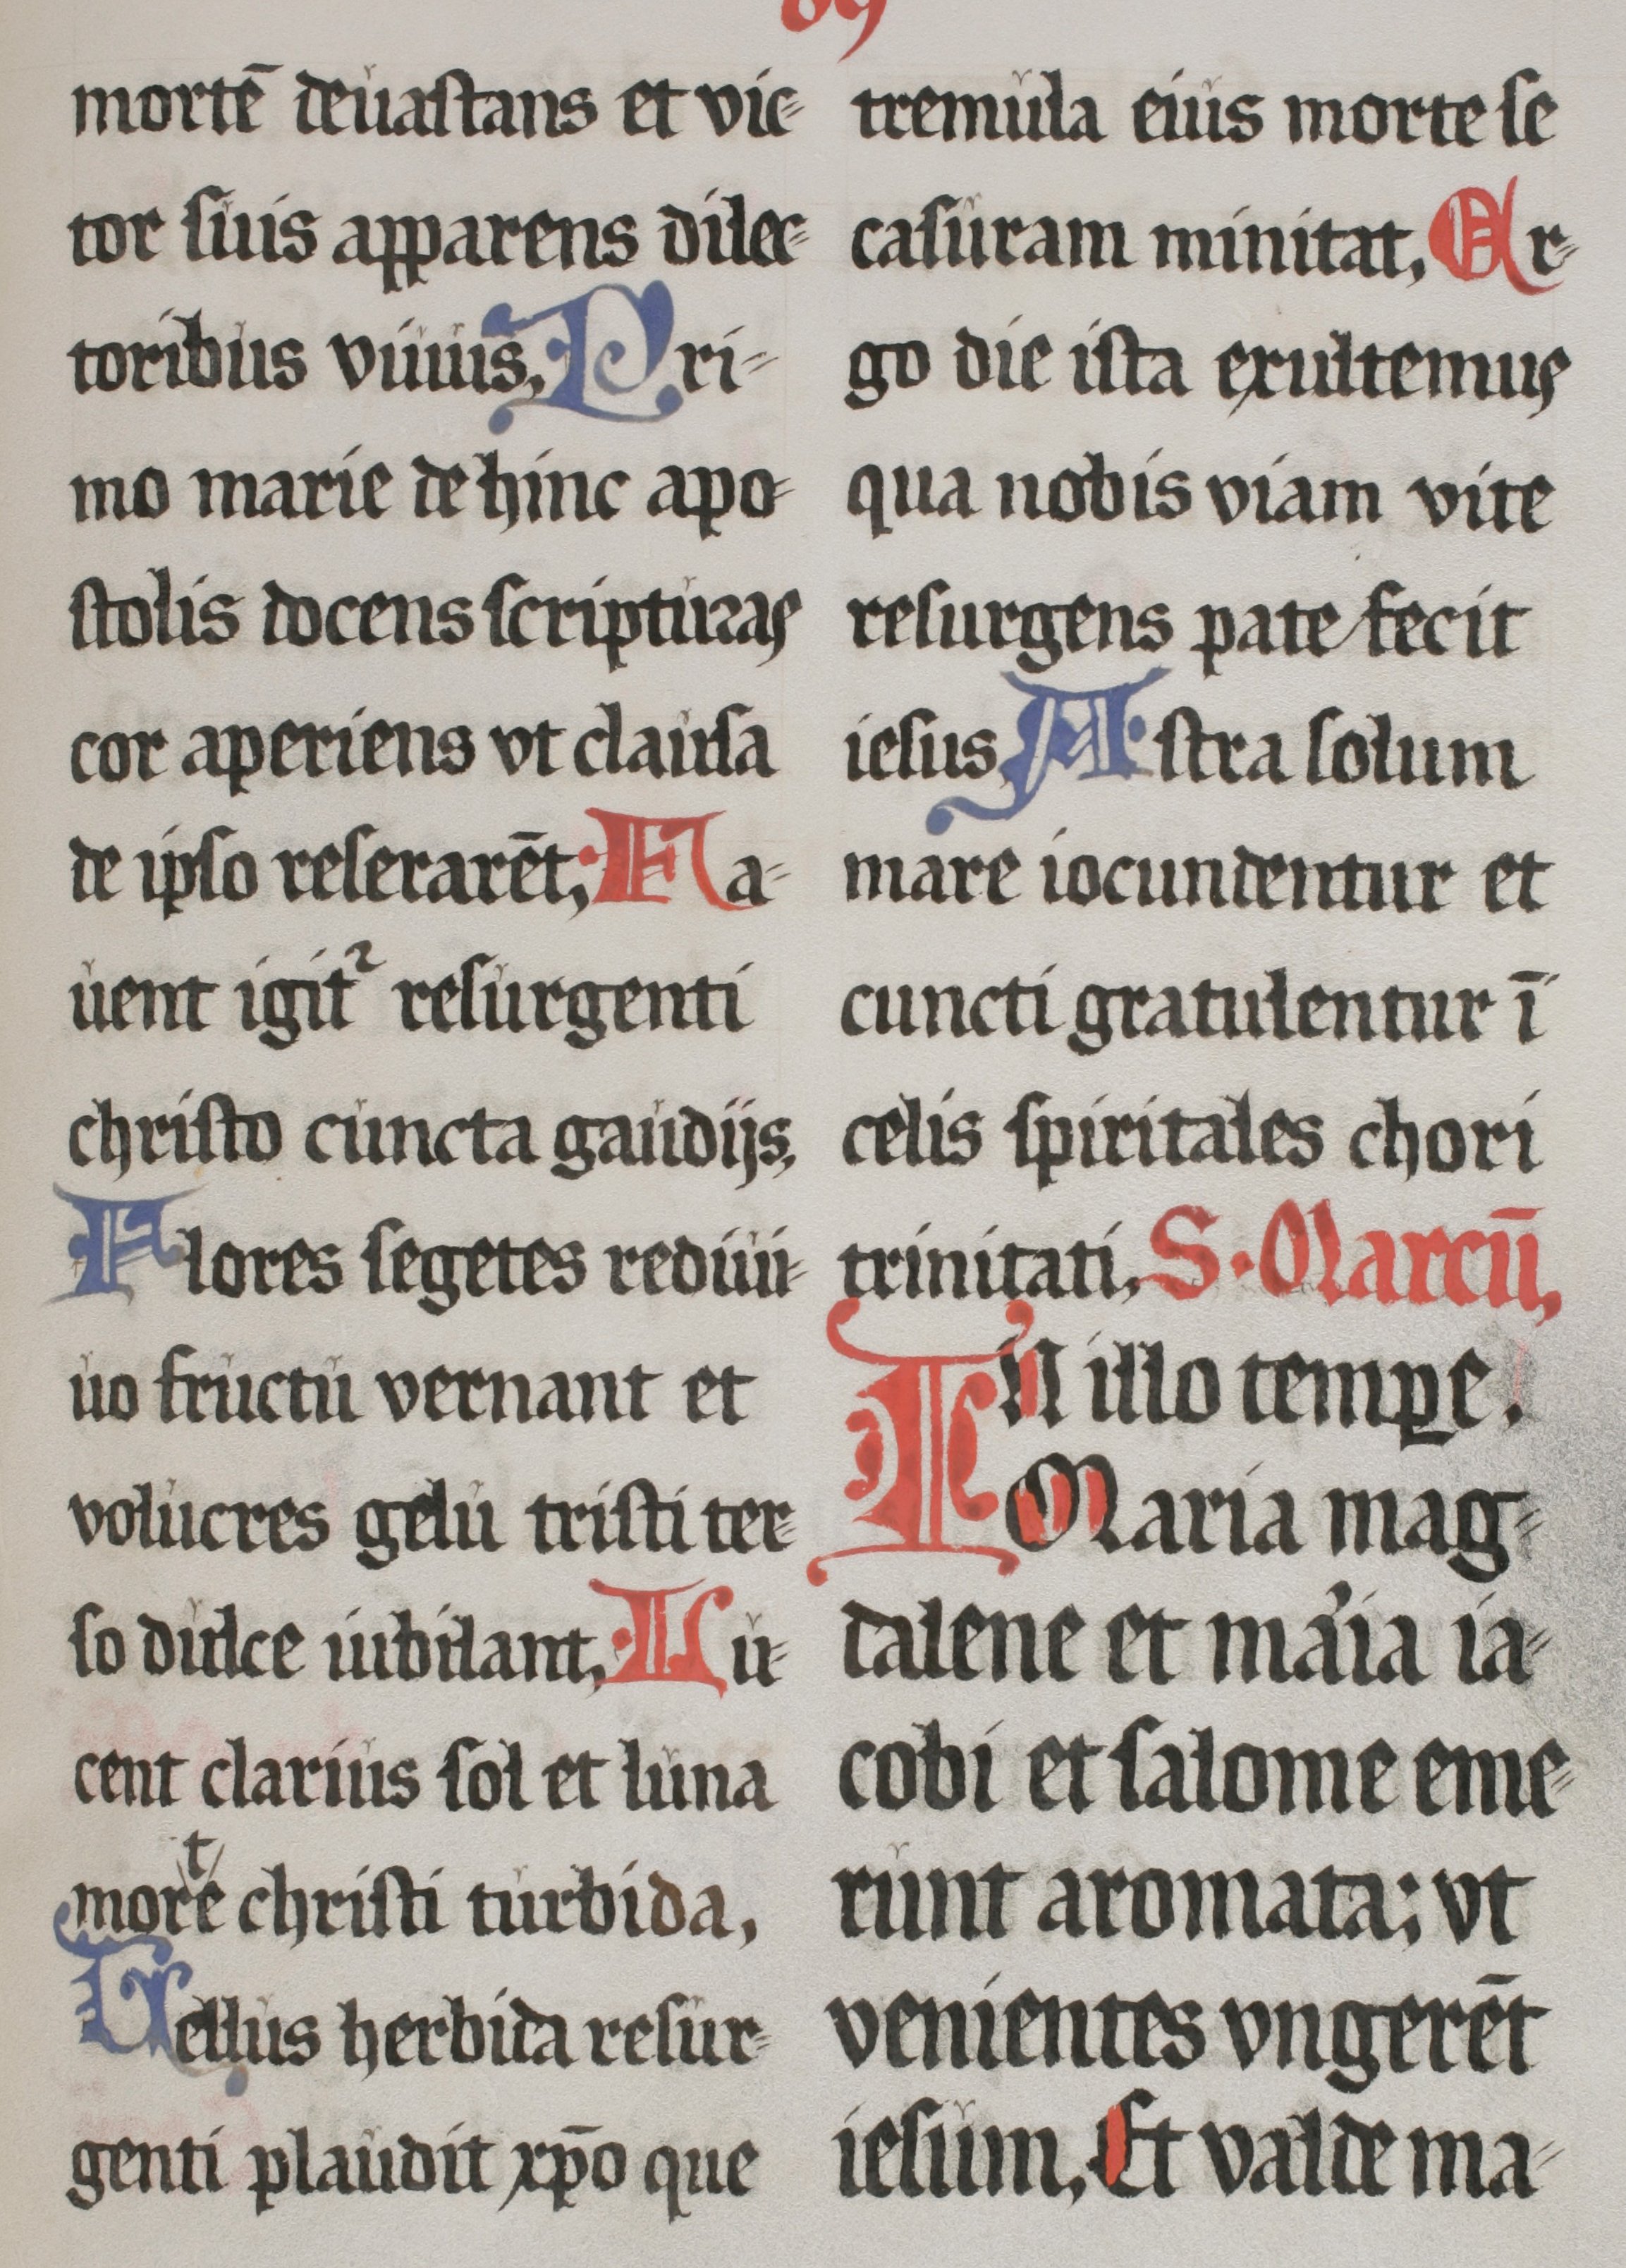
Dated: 1555–1555